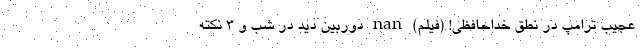
عجیب ترامپ در نطق خداحافظی! (فیلم) nan دوربین دید در شب و 3 نکته